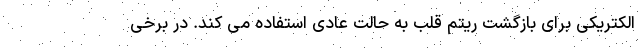
الکتریکی برای بازگشت ریتم قلب به حالت عادی استفاده می کند. در برخی